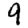
Digit: 9